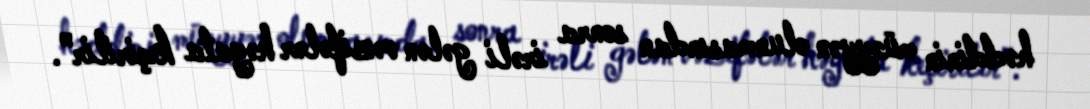
həddinin müəyyən olunmasından sonra irəli gələn vəzifələr həyata keçirilir”.